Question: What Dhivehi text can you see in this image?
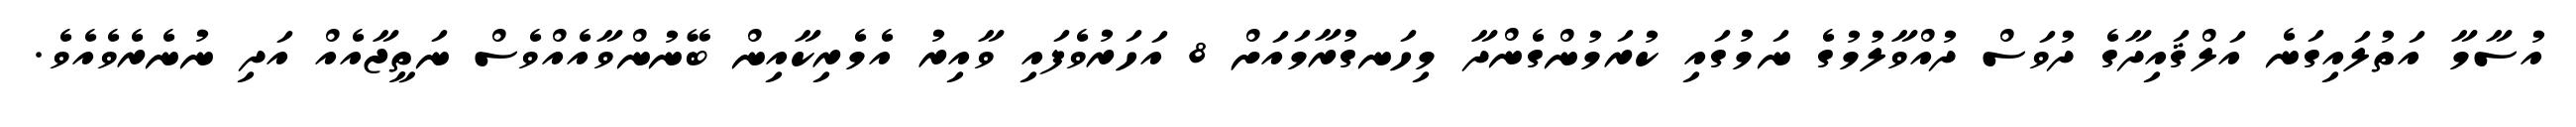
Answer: އުސާމާ އަތުލައިގަނެ އަލްޤައިދާގެ ދުވަސް ދުއްވާލުމުގެ ނަމުގައި ކުރަމުންގެންދާ މިހަނގުރާމައަށް 8 އަހަރުވެފައި ވާއިރު އެމެރިކާއިން ބޭނުންވާއެއްވެސް ނަތީޖާއެއް އަދި ނުނެރެވެއެވެ.